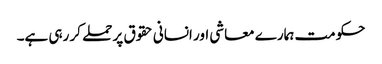
حکومت ہمارے معاشی اور انسانی حقوق پر حملے کر رہی ہے۔